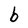
Character: b